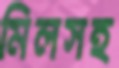
মিলসহ